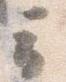
云